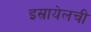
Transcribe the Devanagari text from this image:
इस्रायेलची